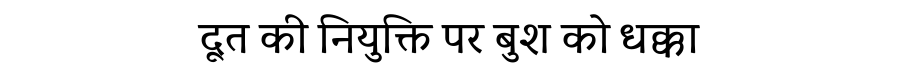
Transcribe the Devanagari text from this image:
दूत की नियुक्ति पर बुश को धक्का